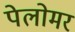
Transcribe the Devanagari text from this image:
पेलोमर